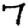
Digit: 7